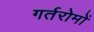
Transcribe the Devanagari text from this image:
गर्तरोमों